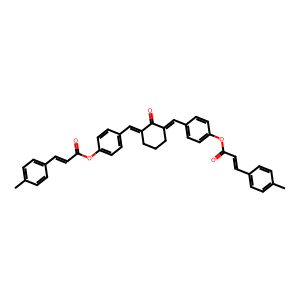
SMILES: Cc1ccc(C=CC(=O)Oc2ccc(C=C3CCCC(=Cc4ccc(OC(=O)C=Cc5ccc(C)cc5)cc4)C3=O)cc2)cc1
Inhibits HIV replication: No